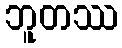
ဘူတဿ